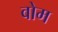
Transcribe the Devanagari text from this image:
वोम